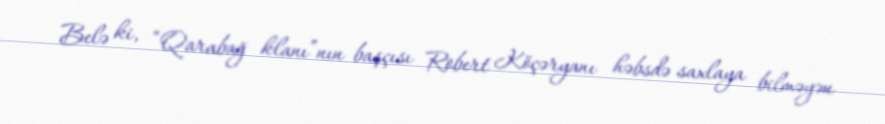
Belə ki, “Qarabağ klanı”nın başçısı Robert Köçəryanı həbsdə saxlaya bilməyən